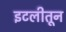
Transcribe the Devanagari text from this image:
इटलीतून